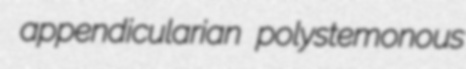
appendicularian polystemonous